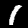
Label: 1